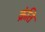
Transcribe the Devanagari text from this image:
क्रंति